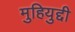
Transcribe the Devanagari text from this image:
मुहियुद्दी